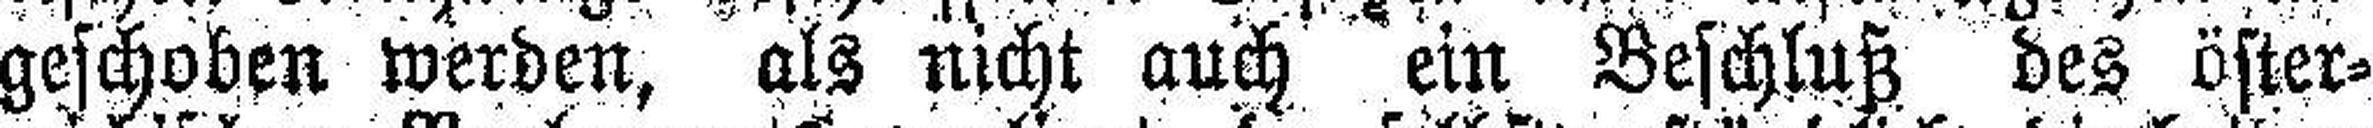
geschoben werden, als nicht auch ein Beschluß des öster¬